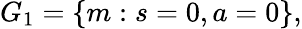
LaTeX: G_{1}=\{ m:s=0,a=0\} ,